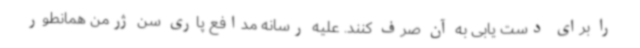
را برای دست یابی به آن صرف کنند. علیه رسانه مدافع پاری سن ژرمن همانطور